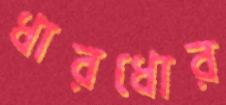
ধারধোর